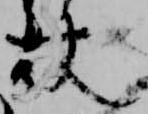
杖